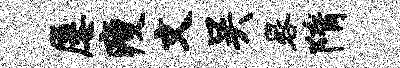
屡瘦文吴晷隋